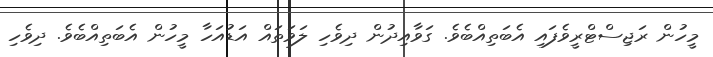
މީހުން ރަޖިސްޓްރީވެފައި އެބަތިއްބެވެ. ގަވާއިދުން ދިވެހި ލަވަތައް އަޑުއަހާ މީހުން އެބަތިއްބެވެ. ދިވެހި